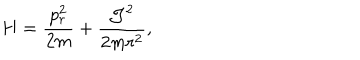
H = \frac { p _ { r } ^ { 2 } } { 2 m } + \frac { { \cal J } ^ { 2 } } { 2 m r ^ { 2 } } ,